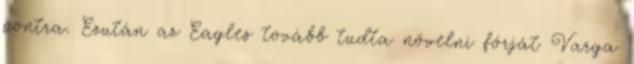
pontra. Ezután az Eagles tovább tudta növelni fórját Varga